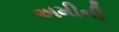
અમીની